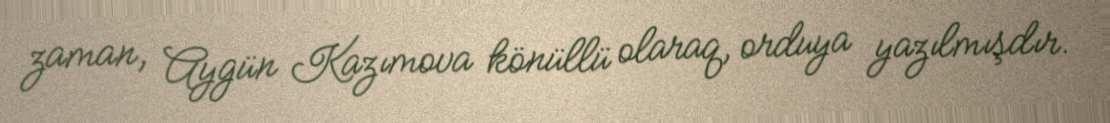
zaman, Aygün Kazımova könüllü olaraq, orduya yazılmışdır.